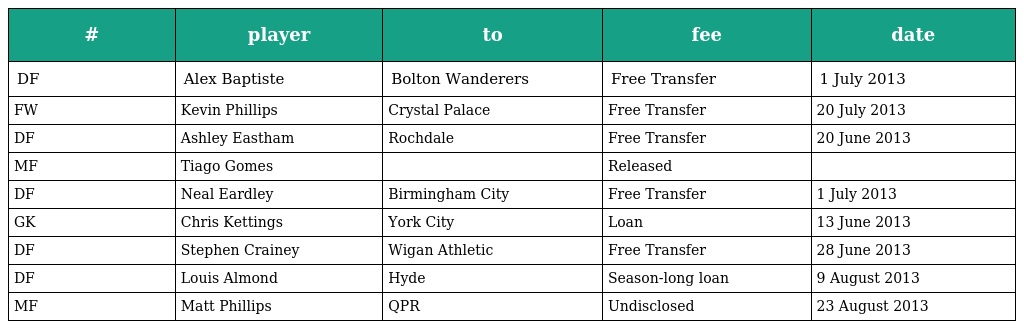
| # | player | to | fee | date |
 | --- | --- | --- | --- | --- |
 | DF | Alex Baptiste | Bolton Wanderers | Free Transfer | 1 July 2013 |
 | FW | Kevin Phillips | Crystal Palace | Free Transfer | 20 July 2013 |
 | DF | Ashley Eastham | Rochdale | Free Transfer | 20 June 2013 |
 | MF | Tiago Gomes |  | Released |  |
 | DF | Neal Eardley | Birmingham City | Free Transfer | 1 July 2013 |
 | GK | Chris Kettings | York City | Loan | 13 June 2013 |
 | DF | Stephen Crainey | Wigan Athletic | Free Transfer | 28 June 2013 |
 | DF | Louis Almond | Hyde | Season-long loan | 9 August 2013 |
 | MF | Matt Phillips | QPR | Undisclosed | 23 August 2013 |